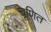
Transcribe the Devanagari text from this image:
चूणित